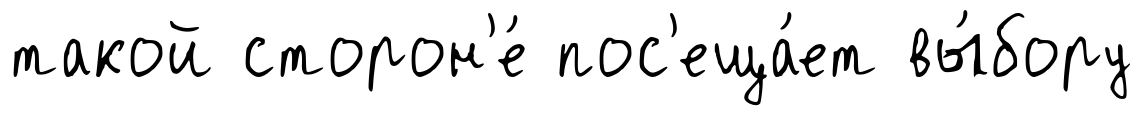
такой сторон'е́ пос'еща́ет вы́бору